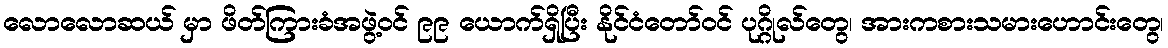
လောလောဆယ် မှာ ဖိတ်ကြားခံအဖွဲ့ဝင် ၉၉ ယောက်ရှိပြီး နိုင်ငံတော်ဝင် ပုဂ္ဂိုလ်တွေ၊ အားကစားသမားဟောင်းတွေ၊